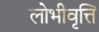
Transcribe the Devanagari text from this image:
लोभीवृत्ति